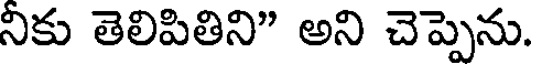
నికు తెలిపితిని" అని చెప్పెను.